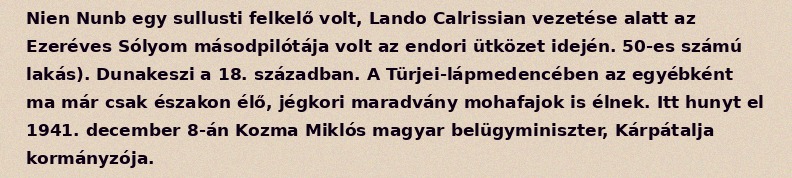
Nien Nunb egy sullusti felkelő volt, Lando Calrissian vezetése alatt az Ezeréves Sólyom másodpilótája volt az endori ütközet idején. 50-es számú lakás). Dunakeszi a 18. században. A Türjei-lápmedencében az egyébként ma már csak északon élő, jégkori maradvány mohafajok is élnek. Itt hunyt el 1941. december 8-án Kozma Miklós magyar belügyminiszter, Kárpátalja kormányzója.